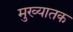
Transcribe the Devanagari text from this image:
मुख्यातक